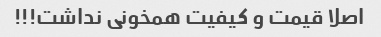
اصلا قیمت و کیفیت همخونی نداشت!!!